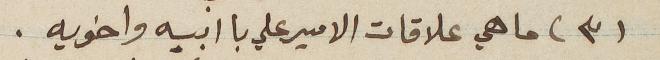
(٣) ما هي علاقات الامير علي با ابيه واخويه.